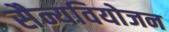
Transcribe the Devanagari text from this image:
सैन्यवियोजन